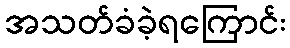
အသတ်ခံခဲ့ရကြောင်း